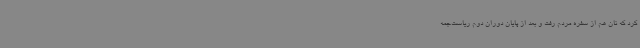
کرد که نان هم از سفره مردم رفت و بعد از پایان دوران دوم ریاست‌جمه